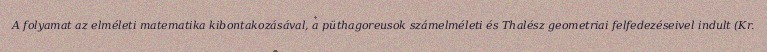
A folyamat az elméleti matematika kibontakozásával, a püthagoreusok számelméleti és Thalész geometriai felfedezéseivel indult (Kr.